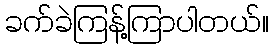
ခက်ခဲကြန့်ကြာပါတယ်။